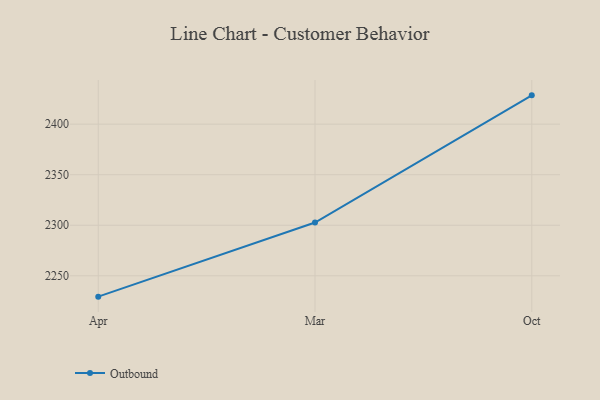
{"axis": {"x": "Month", "y": "Revenue (USD Million)"}, "legend": ["Outbound"], "data": [{"x": "Apr", "y": 2229.4, "type": "Outbound"}, {"x": "Mar", "y": 2302.7, "type": "Outbound"}, {"x": "Oct", "y": 2428.5, "type": "Outbound"}]}